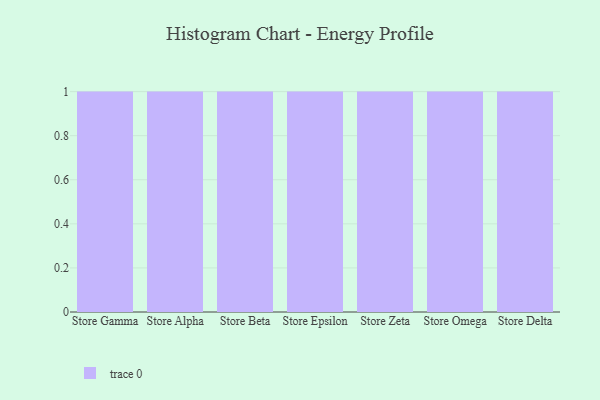
{"axis": {"x": "Store", "y": "Bounce Rate (%)"}, "legend": [""], "data": [{"x": "Store Gamma", "y": 11, "type": ""}, {"x": "Store Alpha", "y": 43, "type": ""}, {"x": "Store Beta", "y": 84, "type": ""}, {"x": "Store Epsilon", "y": 89, "type": ""}, {"x": "Store Zeta", "y": 56, "type": ""}, {"x": "Store Omega", "y": 28, "type": ""}, {"x": "Store Delta", "y": 93, "type": ""}]}